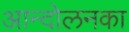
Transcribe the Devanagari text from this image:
आन्दोलनका